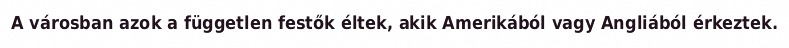
A városban azok a független festők éltek, akik Amerikából vagy Angliából érkeztek.